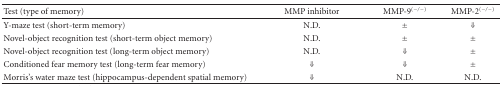
| Test (type of memory) | MMP inhibitor | MMP-9(−/−) | MMP-2(−/−) |
 | --- | --- | --- | --- |
 | Y-maze test (short-term memory) | N.D. | ± | ⇓ |
 | Novel-object recognition test (short-term object memory) | N.D. | ± | ± |
 | Novel-object recognition test (long-term object memory) | N.D. | ⇓ | ± |
 | Conditioned fear memory test (long-term fear memory) | ⇓ | ⇓ | ± |
 | Morris's water maze test (hippocampus-dependent spatial memory) | ⇓ | N.D. | N.D. |